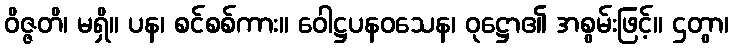
ဝိဇ္ဇတိ၊ မရှိ။ ပန၊ စင်စစ်ကား။ ဝေါဋ္ဌပနဝသေန၊ ဝုဋ္ဌော၏ အစွမ်းဖြင့်။ ဌတွာ၊